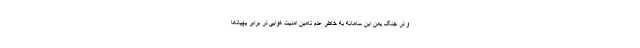
و در جنگ یمن این سامانه به خاطر عدم تامین امنیت هوایی در برابر پهپادها